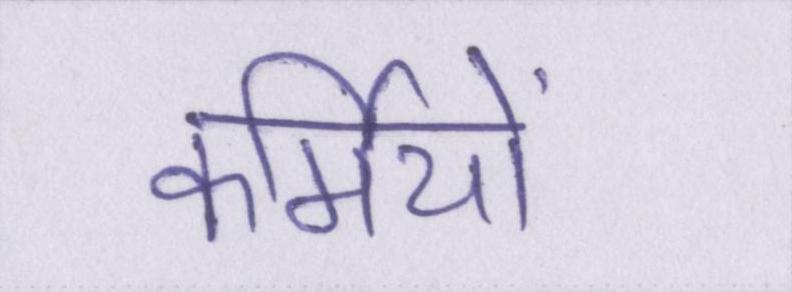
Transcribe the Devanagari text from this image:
कर्मियों